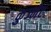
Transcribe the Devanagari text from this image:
कुज्नेट